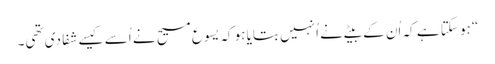
‏“‏ ہو سکتا ہے کہ اُن کے بیٹے نے اُنہیں بتایا ہو کہ یسوع مسیح نے اُسے کیسے شفا دی تھی۔